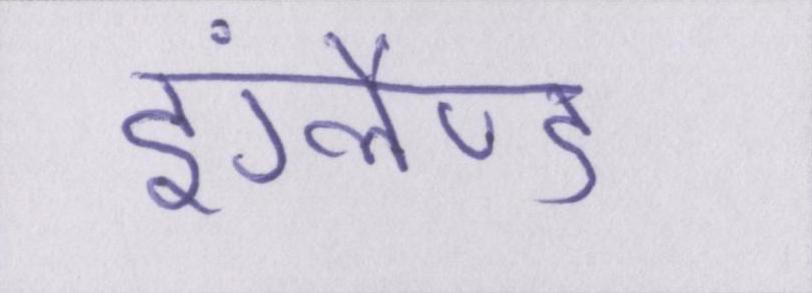
इंग्लैण्ड